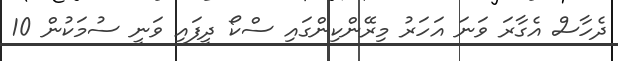
ދެހާސް އެގާރަ ވަނަ އަހަރު މިރޭންކިންގައި ސްކޯ ދީފައި ވަނީ ސުމަކުން 10